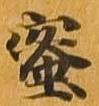
蜜